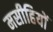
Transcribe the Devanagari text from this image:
मसीहियों